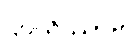
ဌပယိဿာမိ